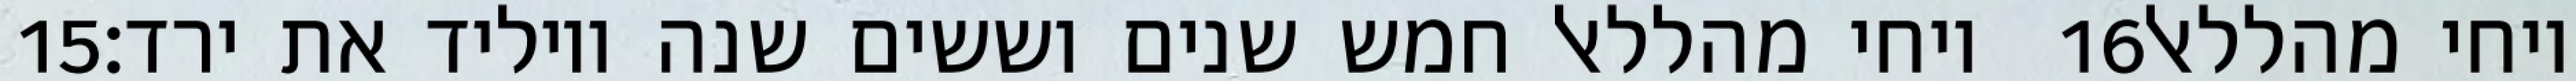
‎15‏ ויחי מהללאל חמש שנים וששים שנה ויוליד את ירד׃ ‎16‏ ויחי מהללאל